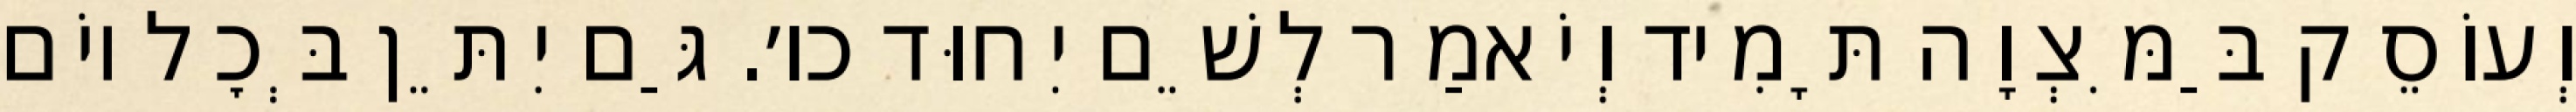
וְעוֹסֵק בַּמִּצְוָה תָּמִיד וְיֹאמַר לְשֵׁם יִחוּד כו׳. גַּם יִתֵּן בְּכׇל יוֹם